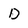
Character: D